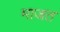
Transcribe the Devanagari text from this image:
माजत